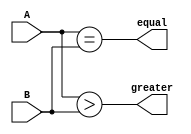
module comparator(input [1:0] A, B, 
                  output equal, greater);

   assign equal = (A == B);
   assign greater = (A > B);

endmodule